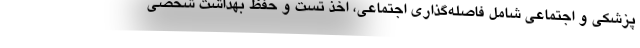
پزشکی و اجتماعی شامل فاصله‌گذاری اجتماعی، اخذ تست و حفظ بهداشت شخصی